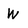
Character: W